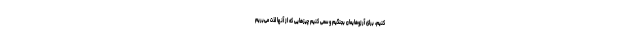
کنیم، برای آرزوهایمان بجنگیم و سعی کنیم چیزهایی که از آنها لذت می‌بریم